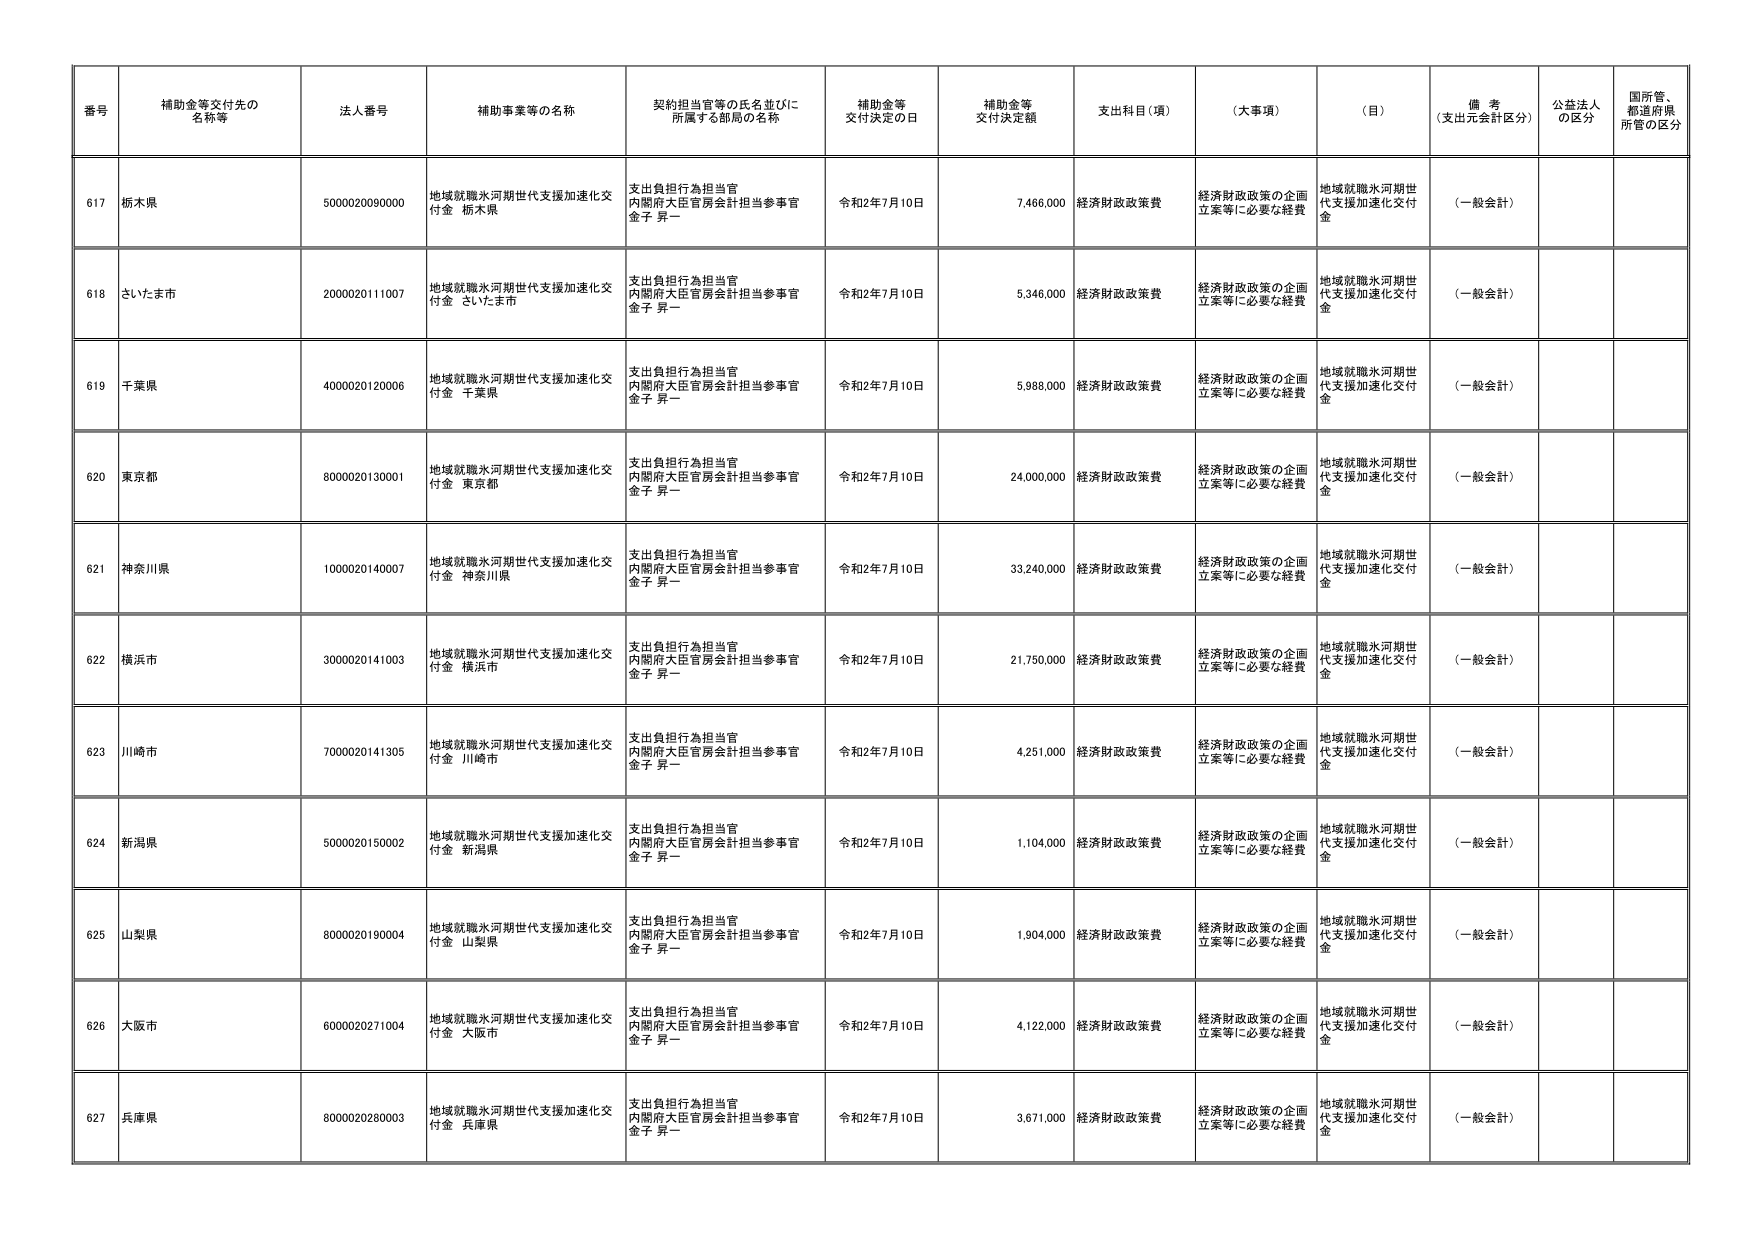
番号 補助金等交付先の名称等 法人番号 補助事業等の名称 契約担当官等の氏名並びに所属する部局の名称 補助金等交付決定の日 補助金等交付決定額 支出科目（項） （大事項） （目） 備考（支出元会計区分） 公益法人の区分 国所管、都道府県所管の区分
617 栃木県 5000020090000 地域就職氷河期世代支援加速化交付金 栃木県 支出負担行為担当官 内閣府大臣官房会計担当参事官 金子 昇一 令和2年7月10日 7,466,000 経済財政政策費 経済財政政策の企画立案等に必要な経費 地域就職氷河期世代支援加速化交付金 （一般会計）
618 さいたま市 2000020111007 地域就職氷河期世代支援加速化交付金 さいたま市 支出負担行為担当官 内閣府大臣官房会計担当参事官 金子 昇一 令和2年7月10日 5,346,000 経済財政政策費 経済財政政策の企画立案等に必要な経費 地域就職氷河期世代支援加速化交付金 （一般会計）
619 千葉県 4000020120006 地域就職氷河期世代支援加速化交付金 千葉県 支出負担行為担当官 内閣府大臣官房会計担当参事官 金子 昇一 令和2年7月10日 5,988,000 経済財政政策費 経済財政政策の企画立案等に必要な経費 地域就職氷河期世代支援加速化交付金 （一般会計）
620 東京都 8000020130001 地域就職氷河期世代支援加速化交付金 東京都 支出負担行為担当官 内閣府大臣官房会計担当参事官 金子 昇一 令和2年7月10日 24,000,000 経済財政政策費 経済財政政策の企画立案等に必要な経費 地域就職氷河期世代支援加速化交付金 （一般会計）
621 神奈川県 1000020140007 地域就職氷河期世代支援加速化交付金 神奈川県 支出負担行為担当官 内閣府大臣官房会計担当参事官 金子 昇一 令和2年7月10日 33,240,000 経済財政政策費 経済財政政策の企画立案等に必要な経費 地域就職氷河期世代支援加速化交付金 （一般会計）
622 横浜市 3000020141003 地域就職氷河期世代支援加速化交付金 横浜市 支出負担行為担当官 内閣府大臣官房会計担当参事官 金子 昇一 令和2年7月10日 21,750,000 経済財政政策費 経済財政政策の企画立案等に必要な経費 地域就職氷河期世代支援加速化交付金 （一般会計）
623 川崎市 7000020141305 地域就職氷河期世代支援加速化交付金 川崎市 支出負担行為担当官 内閣府大臣官房会計担当参事官 金子 昇一 令和2年7月10日 4,251,000 経済財政政策費 経済財政政策の企画立案等に必要な経費 地域就職氷河期世代支援加速化交付金 （一般会計）
624 新潟県 5000020150002 地域就職氷河期世代支援加速化交付金 新潟県 支出負担行為担当官 内閣府大臣官房会計担当参事官 金子 昇一 令和2年7月10日 1,104,000 経済財政政策費 経済財政政策の企画立案等に必要な経費 地域就職氷河期世代支援加速化交付金 （一般会計）
625 山梨県 8000020190004 地域就職氷河期世代支援加速化交付金 山梨県 支出負担行為担当官 内閣府大臣官房会計担当参事官 金子 昇一 令和2年7月10日 1,904,000 経済財政政策費 経済財政政策の企画立案等に必要な経費 地域就職氷河期世代支援加速化交付金 （一般会計）
626 大阪市 6000020271004 地域就職氷河期世代支援加速化交付金 大阪市 支出負担行為担当官 内閣府大臣官房会計担当参事官 金子 昇一 令和2年7月10日 4,122,000 経済財政政策費 経済財政政策の企画立案等に必要な経費 地域就職氷河期世代支援加速化交付金 （一般会計）
627 兵庫県 8000020280003 地域就職氷河期世代支援加速化交付金 兵庫県 支出負担行為担当官 内閣府大臣官房会計担当参事官 金子 昇一 令和2年7月10日 3,671,000 経済財政政策費 経済財政政策の企画立案等に必要な経費 地域就職氷河期世代支援加速化交付金 （一般会計）